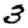
Digit: 3